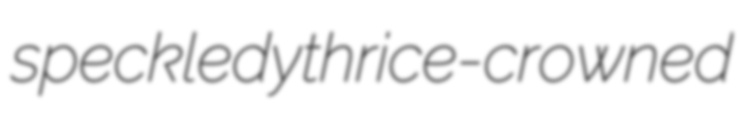
speckledy thrice-crowned